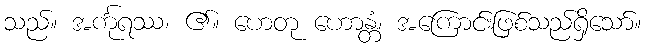
သည်။ အင်္ကုရဿ၊ ၏။ ဟေတု ဟောန္တံ၊ အကြောင်းဖြစ်သည်ရှိသော်။